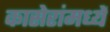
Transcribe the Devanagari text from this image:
कासेरांमध्यें